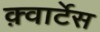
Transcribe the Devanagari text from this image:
क़्वार्टेस